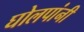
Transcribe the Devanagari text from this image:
घोलपांनी